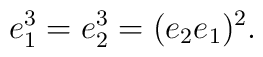
e_1^3 = e_2^3 = (e_2 e_1)^2 .